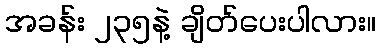
အခန်း ၂၃၅နဲ့ ချိတ်ပေးပါလား။